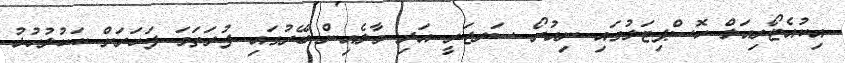
އިކުއެޓޯރިއަލް ހޮސްޕިޓަލުގައި ނިއުރޯ ސަރޖަރީ އަދި މާލެއިން ބޭރުގައި ފުރަތަމަ ފަހަރަށް ކަކުލުހުޅު